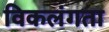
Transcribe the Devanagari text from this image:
विकलंगता